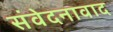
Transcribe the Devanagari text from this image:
संवेदनावाद